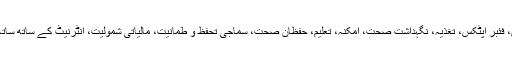
چندرابابو نائیڈو آندھراپردیش میں اب پانی، بجلی، گیاس، فئبر آپٹکس، تغذیہ، نگہداشت صحت، امکنہ، تعلیم، حفظان صحت، سماجی تحفظ و طمانیت، مالیاتی شمولیت، انٹرنیٹ کے ساتھ ساتھ بنیادی سہولتوں پر خصوصی توجہ مرکوز کردی ہے۔